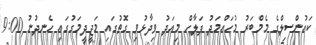
ކައުންސިލްގެ މެމްބަރު މުހައްމަދު ފަލާހް މިއަދު ވިދާޅުވި ގޮތުގައި މަޖީދީމަގުގައި ހެނދުނު 9:00